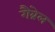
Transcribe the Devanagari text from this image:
गैंब्रेल